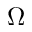
\Omega